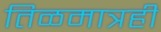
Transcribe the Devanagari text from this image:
तिळमात्रही